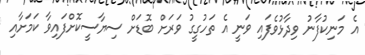
އެ މަނިކުފާނު ވިދާޅުވެފައި ވަނީ އެ ތަހުގީގު ވަރަށް ބޮޑަށް ސިޔާސީކޮށްފައިވާ ކަމަށާއި